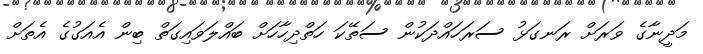
މަދީނާގެ ވަރަށް ރަނގަޅު ސަރަހައްދަކުން ސަތޭކަ ހަތްދިހާހަށް ބައްލަވައިގަތް ބިން އެއަގުގެ އެތަށް